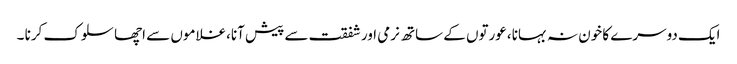
ایک دوسرے کا خون نہ بہانا ،عورتوں کے ساتھ نرمی اورشفقت سے پیش آنا،غلاموں سے اچھا سلوک کرنا ۔